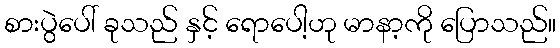
စားပွဲပေါ် ခုသည် နှင့် ရောပေါ့ဟု မာနာ့ကို ပြောသည်။